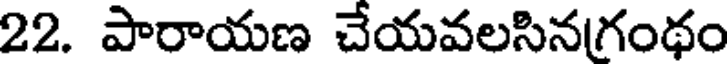
22. పారాయణ చేయవలసినగంథం